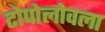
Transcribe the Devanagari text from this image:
टोपोलोवला